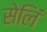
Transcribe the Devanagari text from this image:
सेलिं